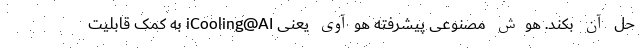
حل آن بکند. هوش مصنوعی پیشرفته هوآوی یعنی iCooling@AI به کمک قابلیت